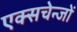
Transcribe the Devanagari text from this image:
एक्सचेन्जों